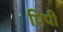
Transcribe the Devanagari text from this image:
पिपी